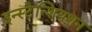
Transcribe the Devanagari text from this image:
इन्स्टेन्शियशन